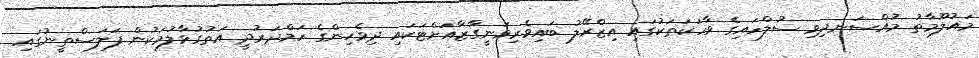
މައުލޫމާތު މުއްސަނދިވި ސުލްހައިގެ ވާހަކަތަކުގައި އިޒްރޭލު ބައިވެރިވަނީގާޒާއަށްޓަކައި ދިވެހިންގެ ހަމްދަރުދީ އަތުގުޅާލުމަކުން ފަލަސްތީނުގައި